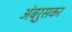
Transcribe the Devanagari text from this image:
अंब्रुसकर